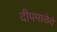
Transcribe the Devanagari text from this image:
दीपमाळेचे